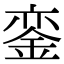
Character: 銮